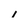
Character: i